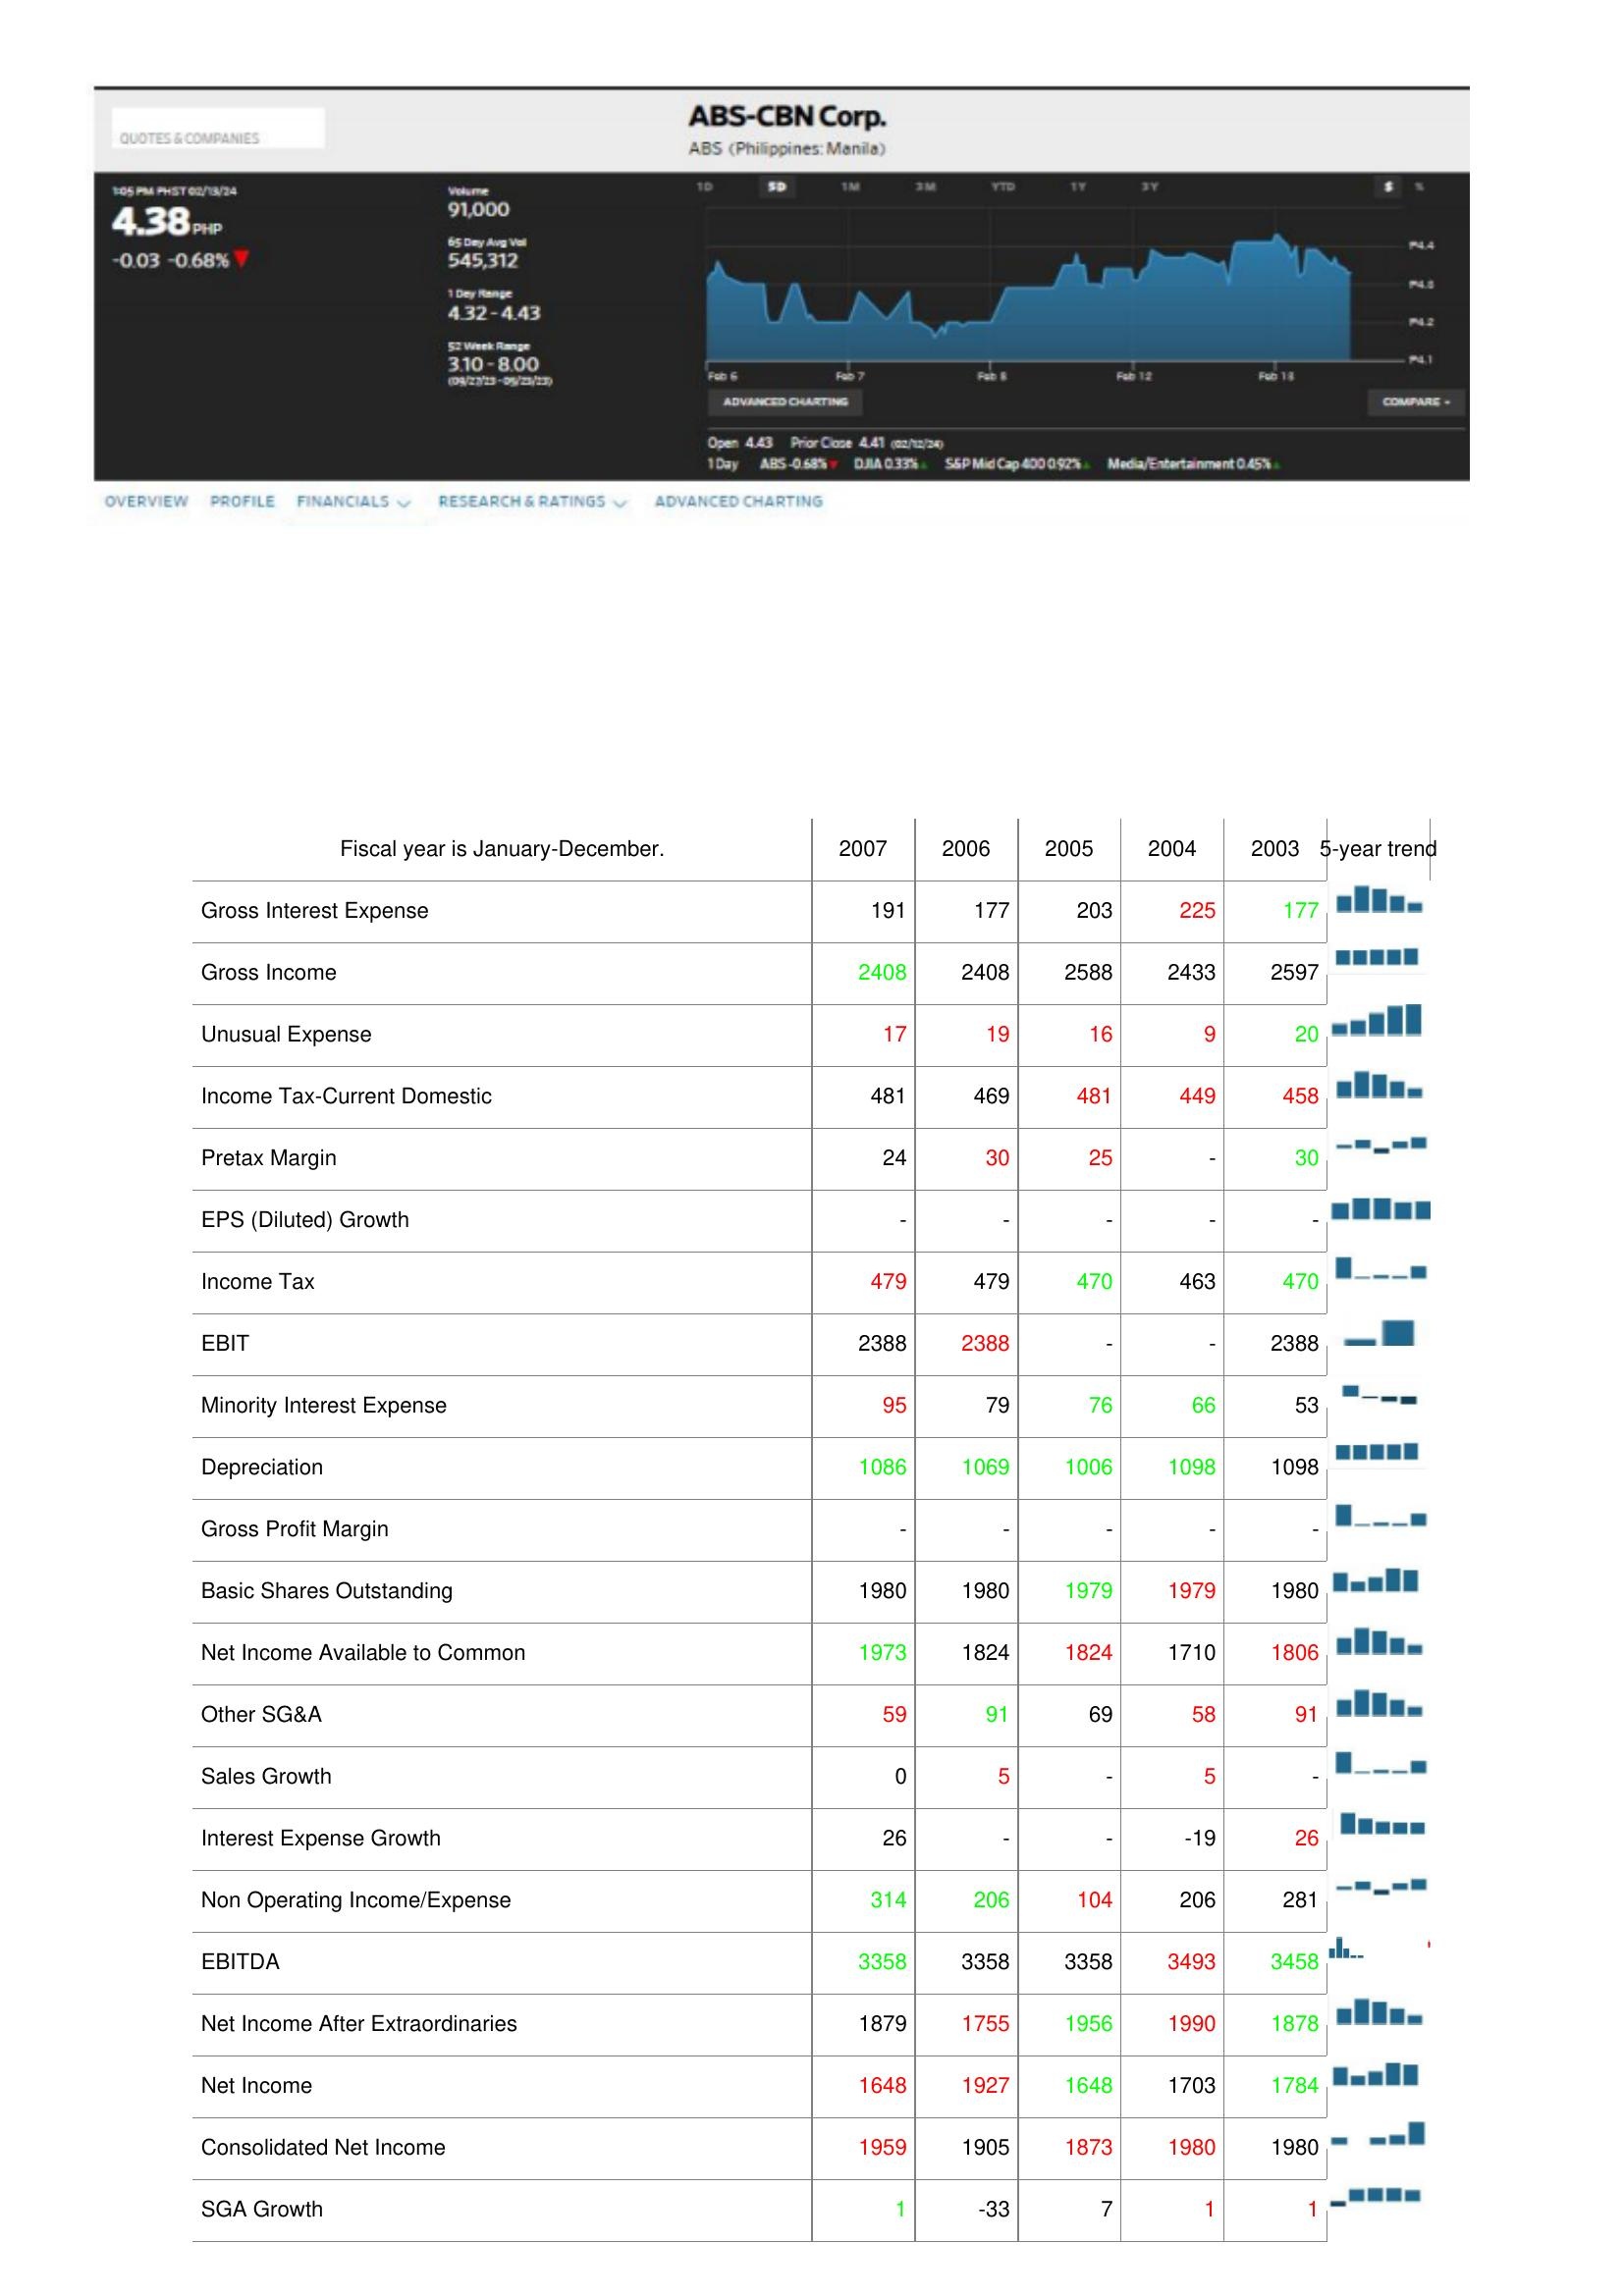
2007: : Gross Interest Expense: 191
Gross Income: 2408
Unusual Expense: 17
Income Tax-Current Domestic: 481
Pretax Margin: 24
EPS (Diluted) Growth: -
Income Tax: 479
EBIT: 2388
Minority Interest Expense: 95
Depreciation: 1086
Gross Profit Margin: -
Basic Shares Outstanding: 1980
Net Income Available to Common: 1973
Other SG&A: 59
Sales Growth: 0
Interest Expense Growth: 26
Non Operating Income/Expense: 314
EBITDA: 3358
Net Income After Extraordinaries: 1879
Net Income: 1648
Consolidated Net Income: 1959
SGA Growth: 1
2006: : Gross Interest Expense: 177
Gross Income: 2408
Unusual Expense: 19
Income Tax-Current Domestic: 469
Pretax Margin: 30
EPS (Diluted) Growth: -
Income Tax: 479
EBIT: 2388
Minority Interest Expense: 79
Depreciation: 1069
Gross Profit Margin: -
Basic Shares Outstanding: 1980
Net Income Available to Common: 1824
Other SG&A: 91
Sales Growth: 5
Interest Expense Growth: -
Non Operating Income/Expense: 206
EBITDA: 3358
Net Income After Extraordinaries: 1755
Net Income: 1927
Consolidated Net Income: 1905
SGA Growth: -33
2005: : Gross Interest Expense: 203
Gross Income: 2588
Unusual Expense: 16
Income Tax-Current Domestic: 481
Pretax Margin: 25
EPS (Diluted) Growth: -
Income Tax: 470
EBIT: -
Minority Interest Expense: 76
Depreciation: 1006
Gross Profit Margin: -
Basic Shares Outstanding: 1979
Net Income Available to Common: 1824
Other SG&A: 69
Sales Growth: -
Interest Expense Growth: -
Non Operating Income/Expense: 104
EBITDA: 3358
Net Income After Extraordinaries: 1956
Net Income: 1648
Consolidated Net Income: 1873
SGA Growth: 7
2004: : Gross Interest Expense: 225
Gross Income: 2433
Unusual Expense: 9
Income Tax-Current Domestic: 449
Pretax Margin: -
EPS (Diluted) Growth: -
Income Tax: 463
EBIT: -
Minority Interest Expense: 66
Depreciation: 1098
Gross Profit Margin: -
Basic Shares Outstanding: 1979
Net Income Available to Common: 1710
Other SG&A: 58
Sales Growth: 5
Interest Expense Growth: -19
Non Operating Income/Expense: 206
EBITDA: 3493
Net Income After Extraordinaries: 1990
Net Income: 1703
Consolidated Net Income: 1980
SGA Growth: 1
2003: : Gross Interest Expense: 177
Gross Income: 2597
Unusual Expense: 20
Income Tax-Current Domestic: 458
Pretax Margin: 30
EPS (Diluted) Growth: -
Income Tax: 470
EBIT: 2388
Minority Interest Expense: 53
Depreciation: 1098
Gross Profit Margin: -
Basic Shares Outstanding: 1980
Net Income Available to Common: 1806
Other SG&A: 91
Sales Growth: -
Interest Expense Growth: 26
Non Operating Income/Expense: 281
EBITDA: 3458
Net Income After Extraordinaries: 1878
Net Income: 1784
Consolidated Net Income: 1980
SGA Growth: 1